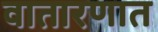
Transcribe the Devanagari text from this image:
वातारणात